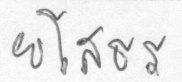
ยโสธร